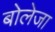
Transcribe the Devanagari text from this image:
बोलेजा